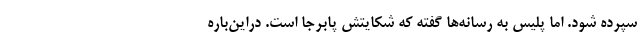
سپرده شود. اما پلیس به رسانه‌ها گفته که شکایتش پابرجا است. دراین‌باره